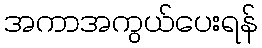
အကာအကွယ်ပေးရန်